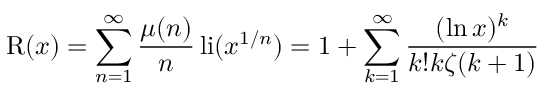
\operatorname { R } ( x ) = \sum _ { n = 1 } ^ { \infty } { \frac { \mu ( n ) } { n } } \operatorname { l i } ( x ^ { 1 / n } ) = 1 + \sum _ { k = 1 } ^ { \infty } { \frac { ( \ln x ) ^ { k } } { k ! k \zeta ( k + 1 ) } }